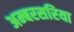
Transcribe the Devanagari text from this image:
अम्बरसरिया